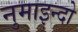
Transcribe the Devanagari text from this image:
नुमाइन्दो